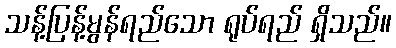
သန့်ပြန့်မွန်ရည်သော ရုပ်ရည် ရှိသည်။